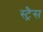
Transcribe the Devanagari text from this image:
स्ट्रैस